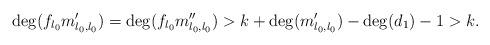
LaTeX: \begin{align*} \deg(f_{l_0}m'_{l_0,l_0})=\deg(f_{l_0}m''_{l_0,l_0})>k+\deg(m'_{l_0,l_0})-\deg(d_1)-1>k.\end{align*}